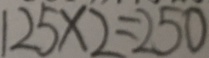
1 2 5 \times 2 = 2 5 0